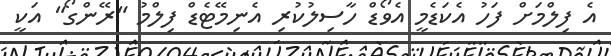
އެ ފިލްމަށް ފަހު އެކަޑެމީ އެވޯޑް ހާސިލުކުރި އެނިމޭޓެޑް ފިލްމު "ރޭންގޯ" އަކީ